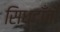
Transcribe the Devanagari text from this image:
सिध्दाँतोँ